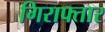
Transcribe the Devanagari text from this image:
गिराफ्तार